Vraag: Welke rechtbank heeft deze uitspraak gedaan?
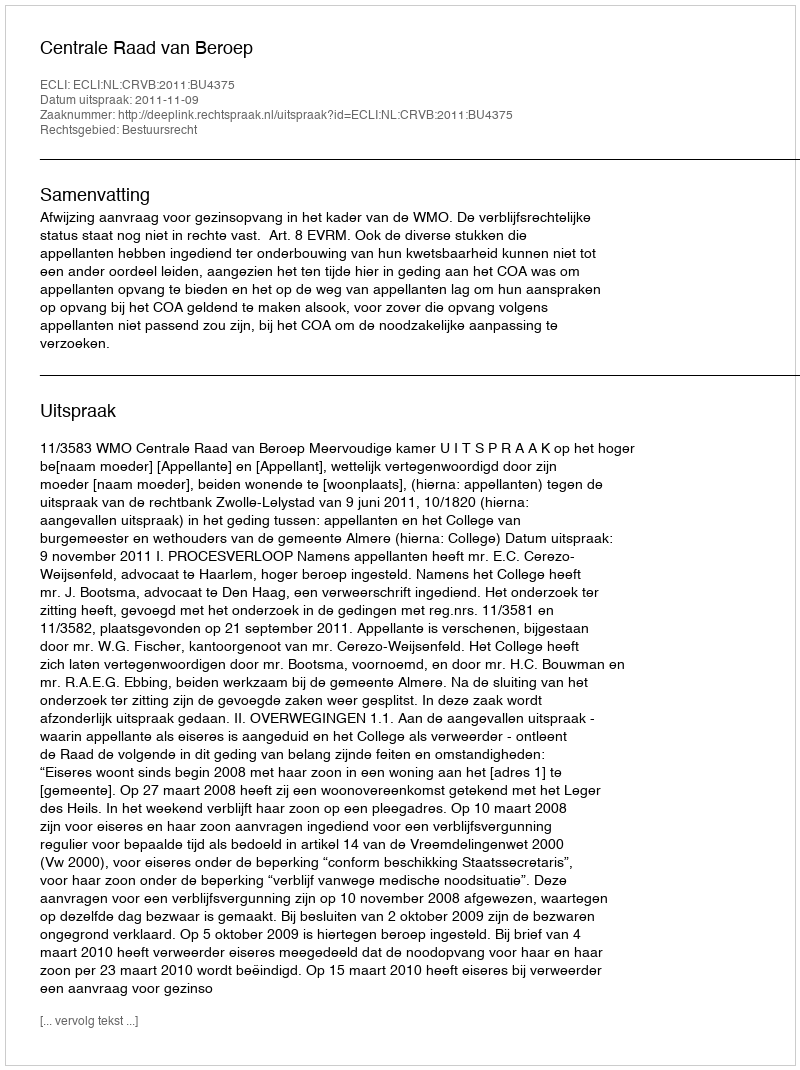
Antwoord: Centrale Raad van Beroep